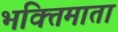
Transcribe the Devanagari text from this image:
भक्तिमाता